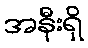
အနီးရှိ